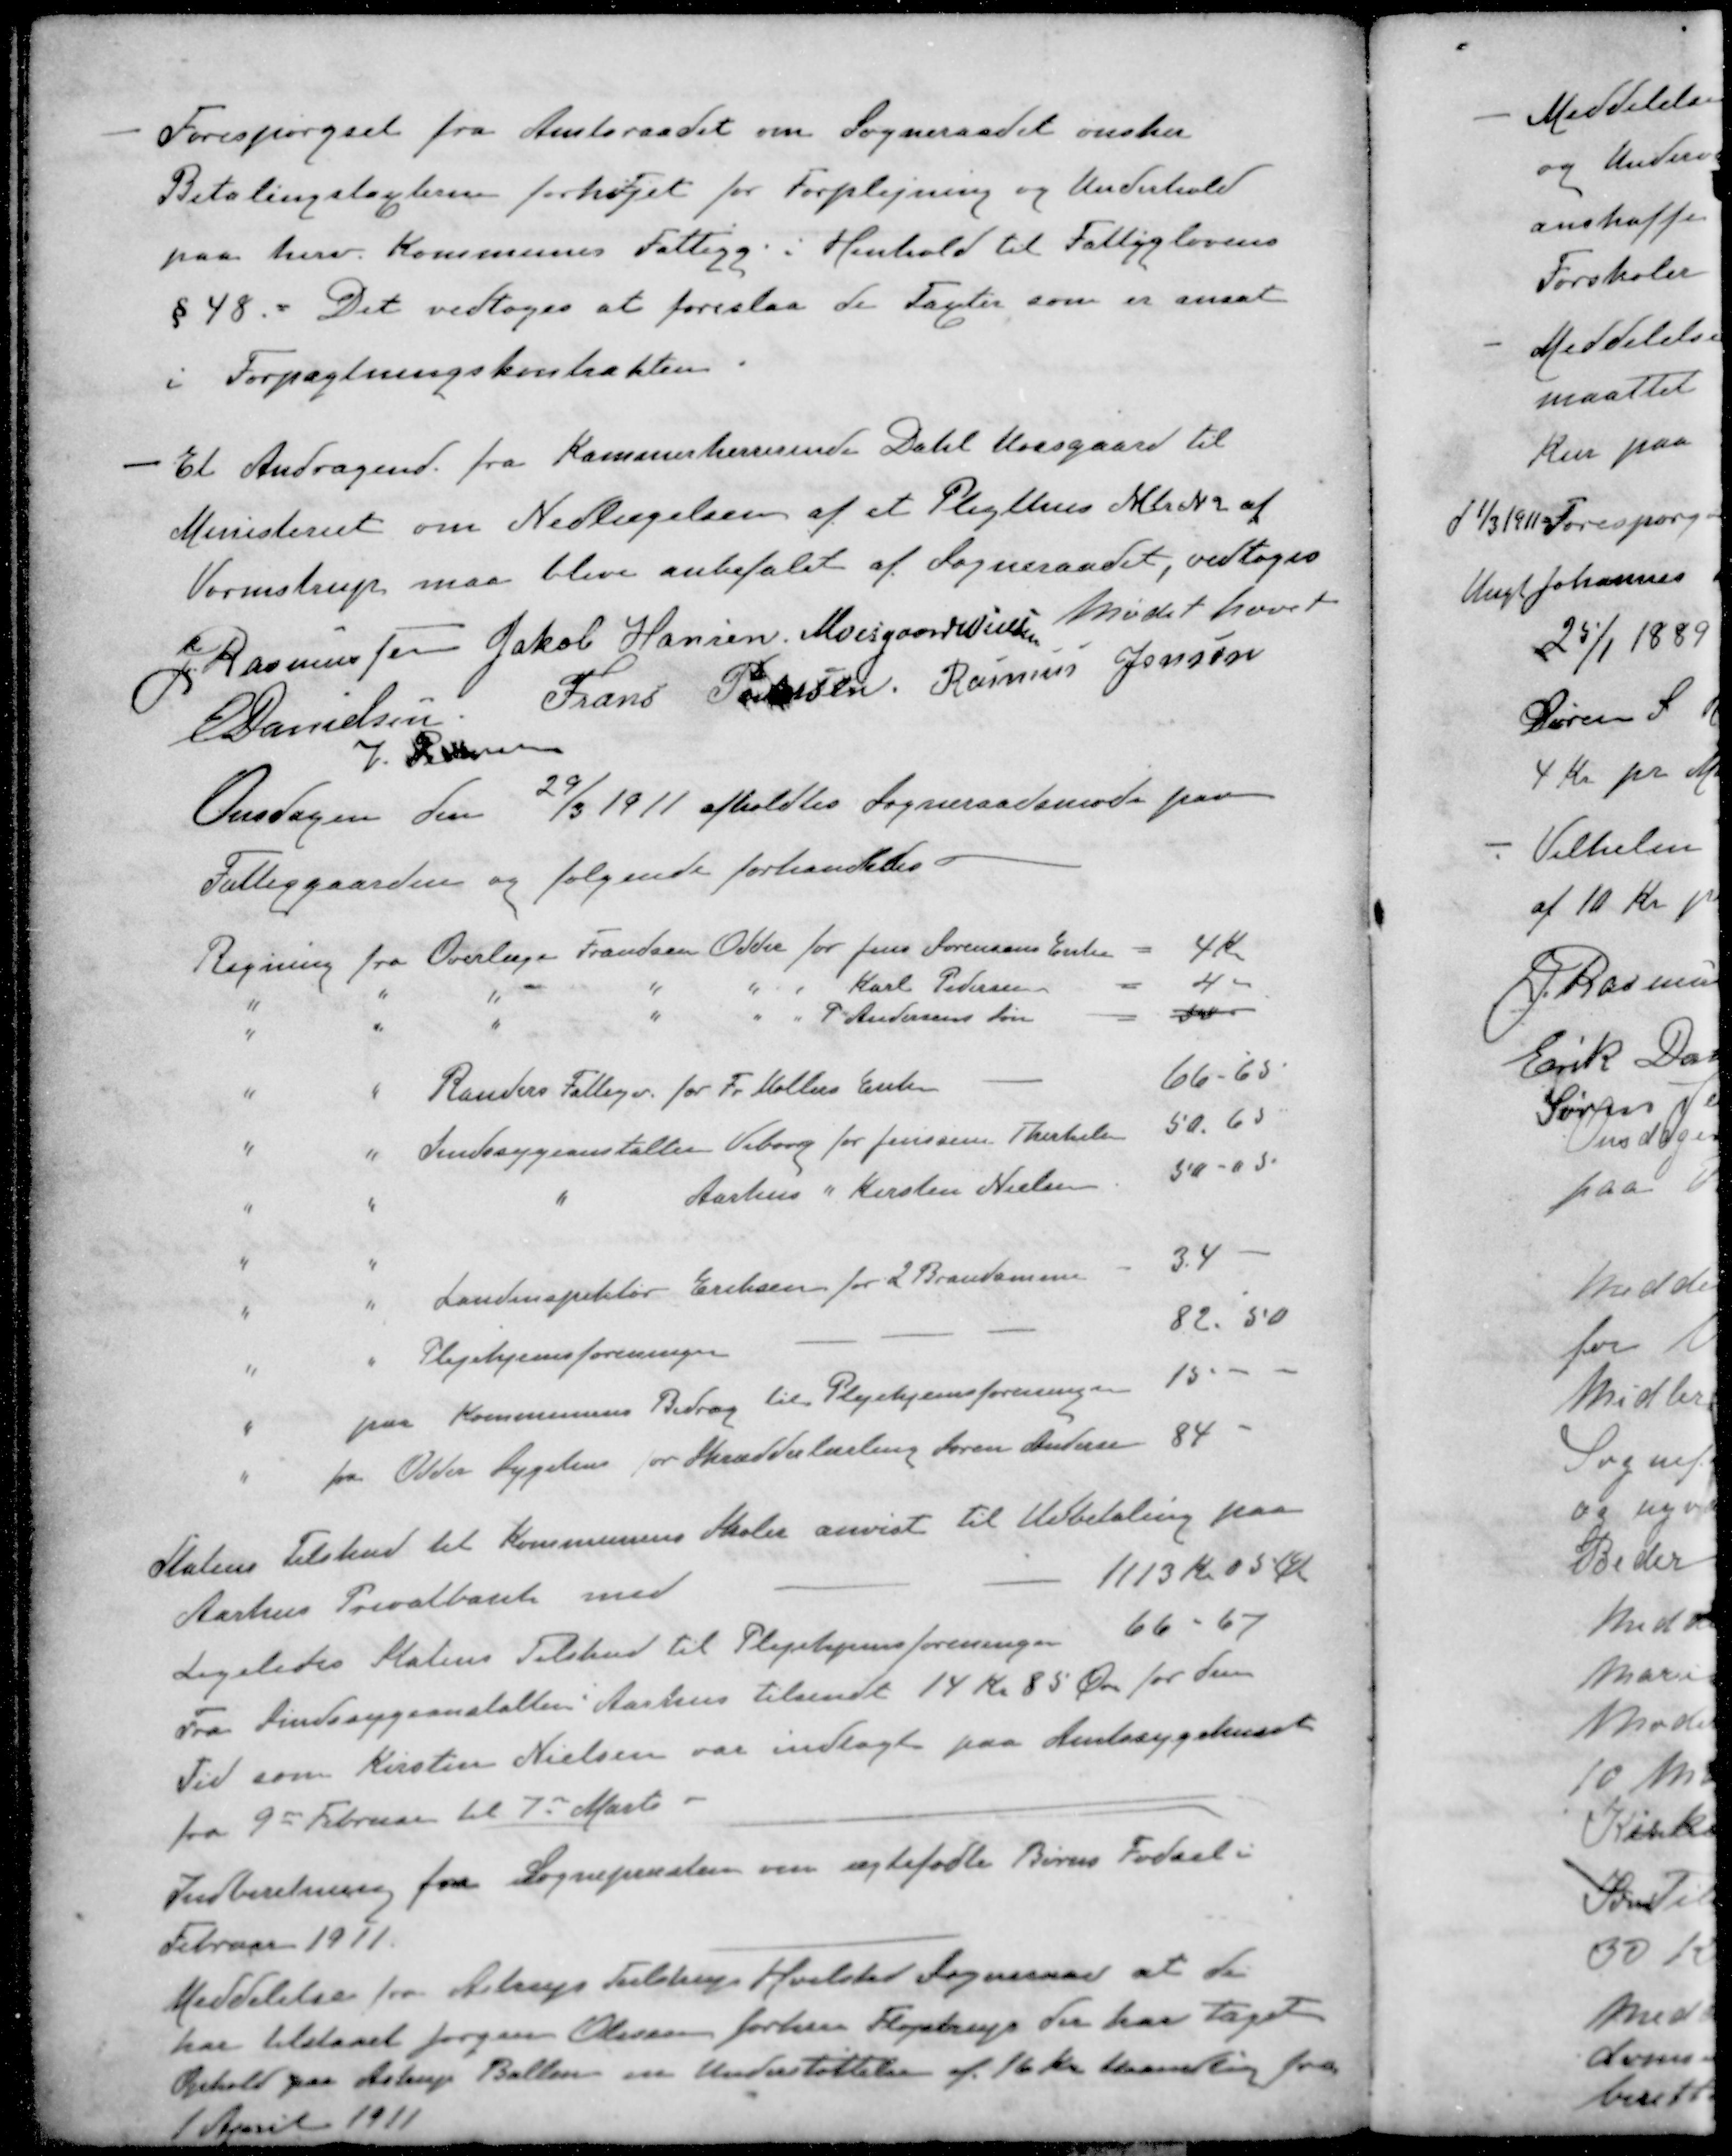
Transskription:
Forespørgsel fra Amtsraadet om Sogneraadet ønsker
Betalingstagsten forhøjet for Forplejning og Underhold
paa herv. Kommunes Fattigg. i Henhold til Fattiglovens
§ 48. Det vedtoges at foreslaa de Tagster som er ansat
i Forpagtningskontrakten
Et Andragende fra Kammerherrerinde Dahl Moesgaard til
Ministeriet om Nedlægelsen af et Pligthus Mtr. N 2 af
Vormstrup maa blive anbefalet af Sogneraadet, vedtoges
Mødet hævet
J. Rasmussen
Jakob Hansen
Moesgaard Nielsen
E Danielsen
Frans Pedersen
Rasmus Jensen
V. Pedersen
Onsdagen den 27/3 1911 afholdtes Sogneraadsmøde paa
Fattiggaarden og følgende forhandledes
Regning fra Overlæge Frandsen Odder for Jens Sørensens Enke
4 Kr.
" " " " " " Karl Pedersen
4
" " " " " " P Andersens Søn
40
" " Randers Fattigv. for Fr Møllers Enken
66-65
" " Sindssygeanstalten Viborg for Jenssine Therkels
50,65
" " " Aarhus " Kirsten Nielsen
50-05
" " Landinspektør Eriksen for 2 Branddamme
34
" " Plejehjemsforeningen
82.50
" paa Kommunens Bidrag til Plejehjemsforeningen
15
" fra Odder Sygehus for Skrædderlærling Søren Andersen
84
Statens Tilskud til Kommunens Skoler anvist til Udbetaling paa
Aarhus Privatbank med
1113 Kr. 05 Øre
Ligeledes Statens Tilskud til Plejehjemsforeningen 66 - 67
Fra Findssygeanstalten Aarhus tilsendt 14 Kr 85 Øre for den
Tid som Kirsten Nielsen var indlagt paa Amtssygehuset
fra 9de Februar til 7d Marts 
Indberetning fra Sognepræsten om ægtefødte Børns Fødsel.
Februar 1911.
Meddelelse fra Astrup Tulstrup Hvilsted Sogneraad at de
har tilstaaet Jørgen Olesen forhen Fløjstrup der har taget
Ophold paa Astrup Ballen en Understøttelse af 16 Kr Maanedlig fra
1 April 1911